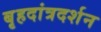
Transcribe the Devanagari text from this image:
बृहदांत्रदर्शन